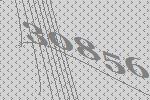
30856